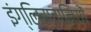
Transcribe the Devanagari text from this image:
इंग्लिस्तानियों